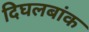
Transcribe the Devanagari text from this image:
दिघलबांक